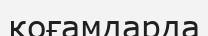
қоғамдарда